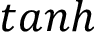
t a n h